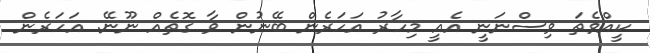
ކީއްވެތަ ވިސްނަނީ އެއީ މިހާރު އަހަރެން ބޭނުން ވާ ގޮތެއް ނޫނޭ. އަހަރެން